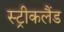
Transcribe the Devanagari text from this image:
स्ट्रीकलैंड